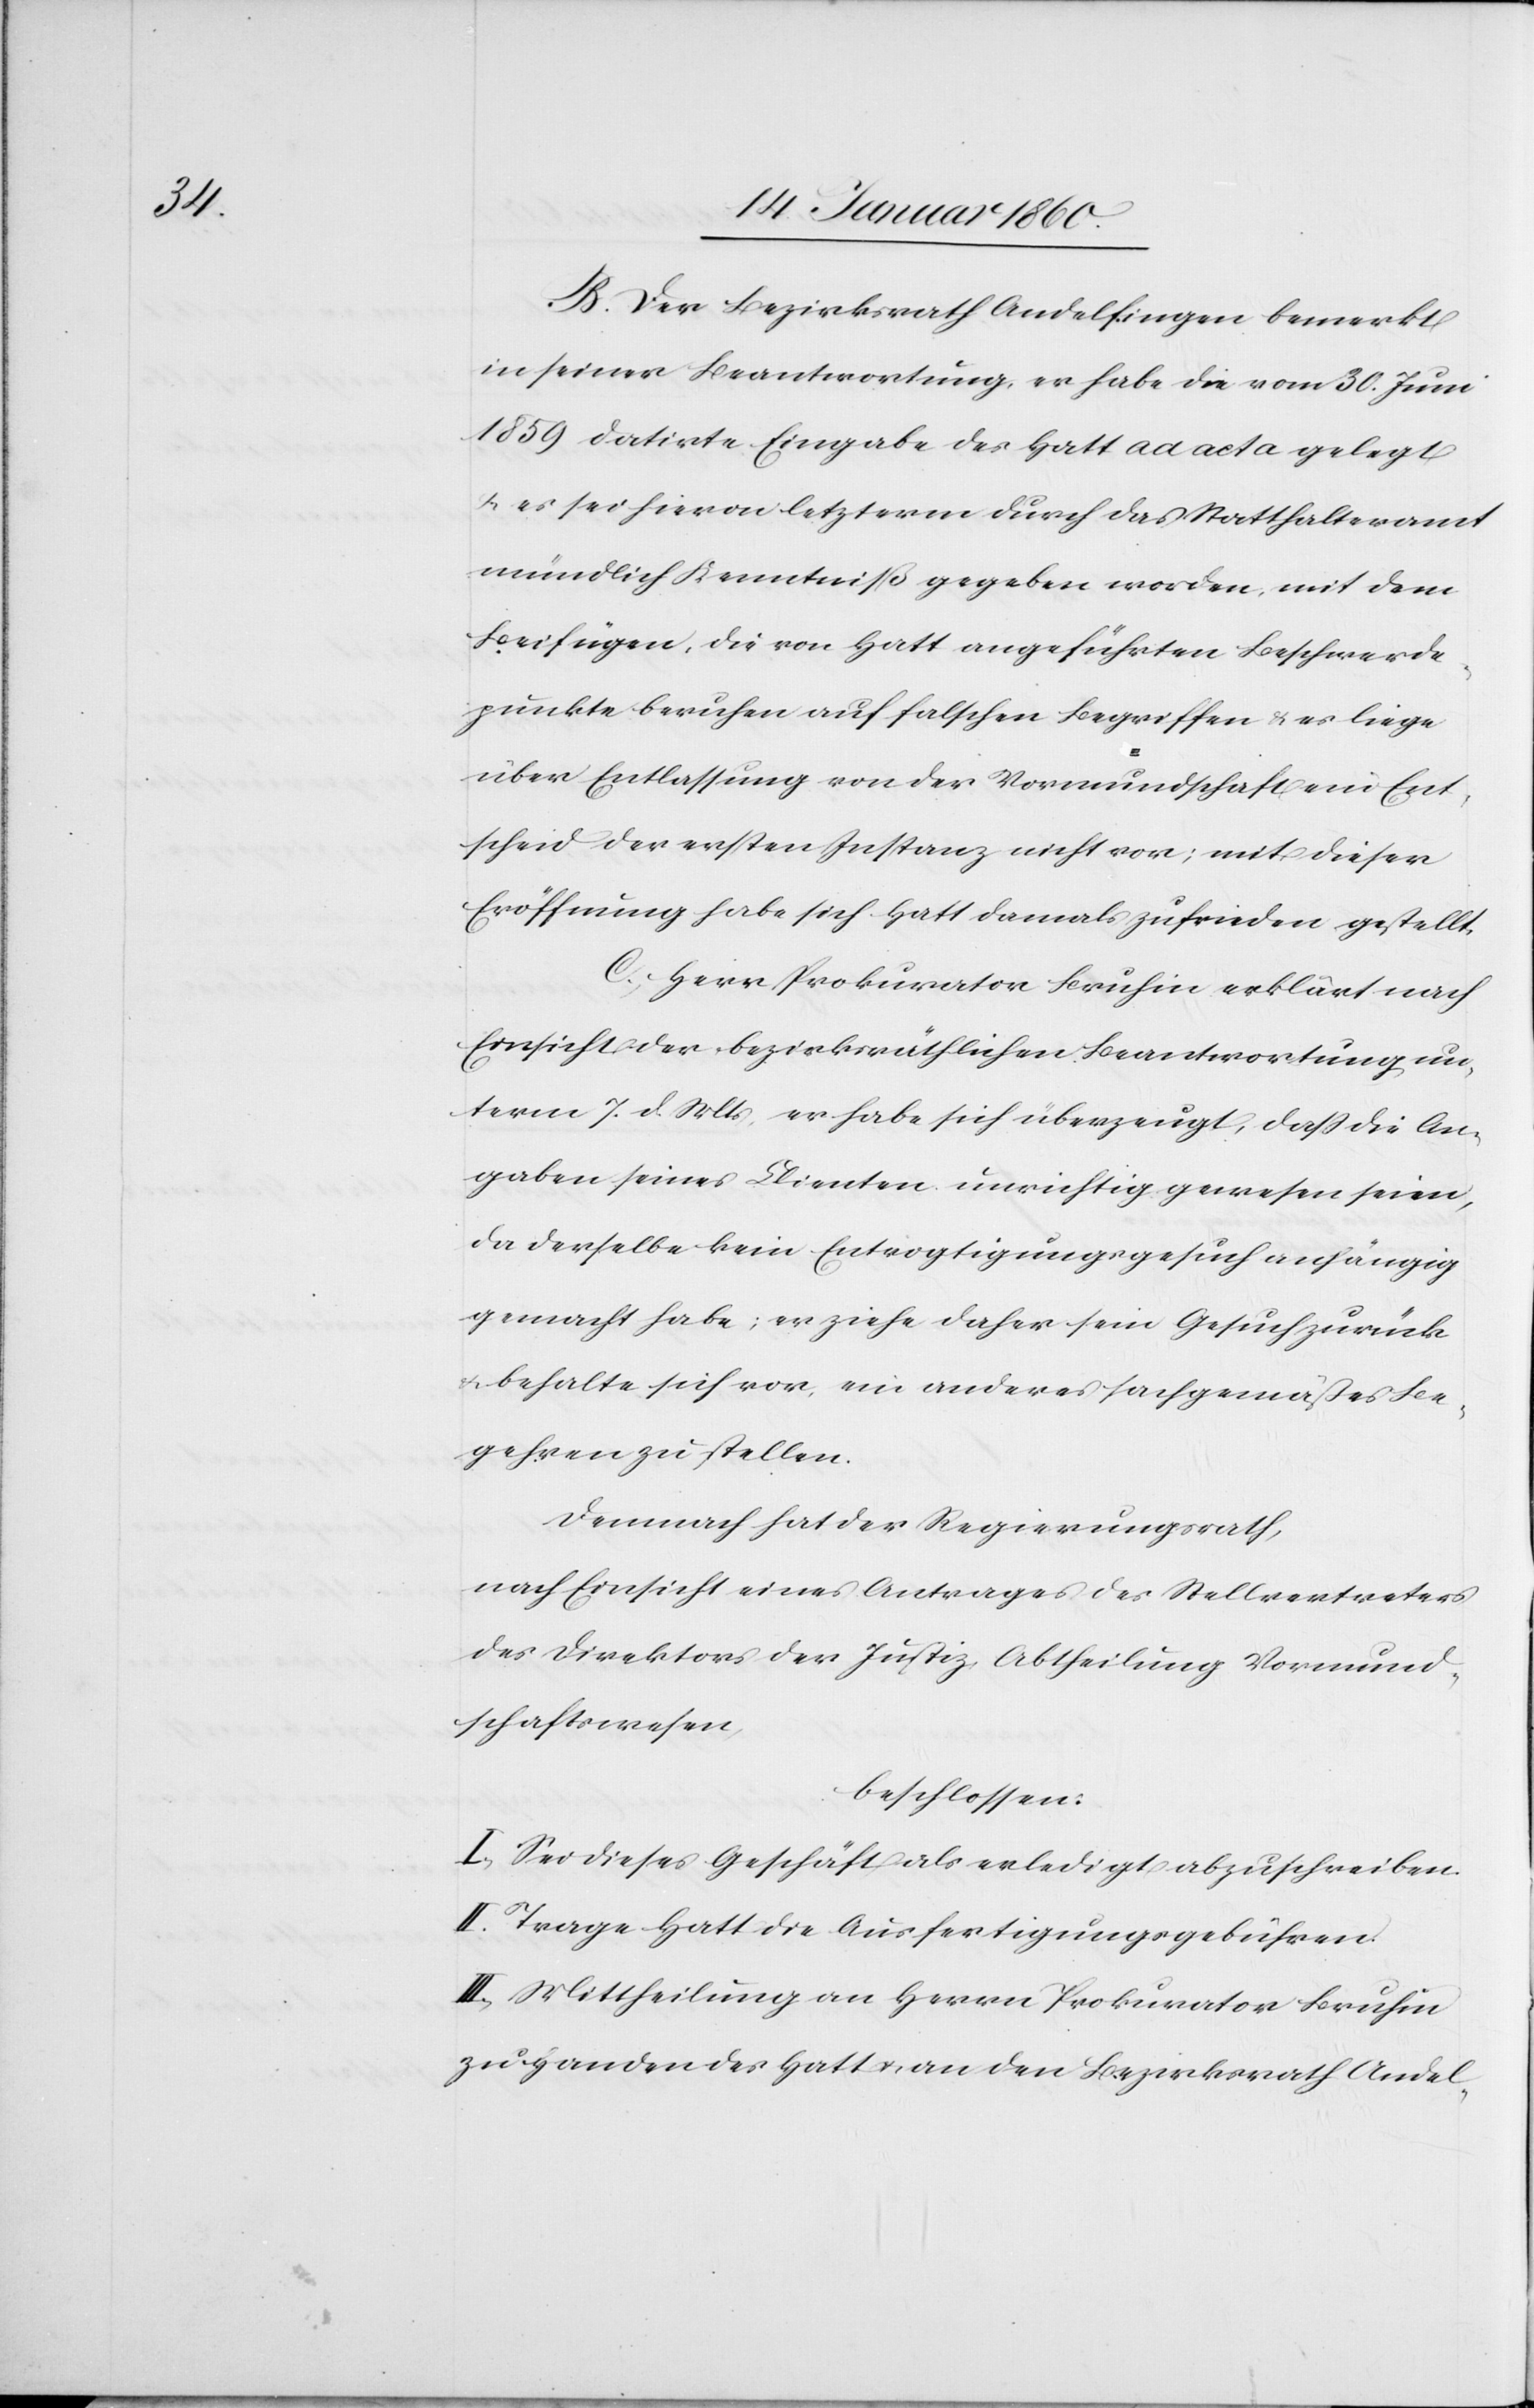
B. Der Bezirksrath Andelfingen bemerkt
in seiner Beantwortung, er habe die vom 30. Juni
1859. datirte Eingabe des Hatt ad acta gelegt
u. es sei hiervon letzterm durch das Statthalteramt
mündlich Kenntniß gegeben worden, mit dem
Beifügen, die von Hatt angeführten Beschwerde¬
punkte beruhen auf falschen Begriffen u. es liege
über Entlassung von der Vormundschaft ein Ent¬
scheid der ersten Instanz nicht vor; mit dieser
Eröffnung habe sich Hatt damals zufrieden gestellt.
C. Herr Prokurator Bruhin erklärt nach
Einsicht der bezirksräthlichen Beantwortung, un¬
term 7. d. Mts, er habe sich überzeugt, daß die An¬
gaben seines Klienten unrichtig gewesen seien,
da derselbe kein Entvogtigungsgesuch anhängig
gemacht habe; er ziehe daher sein Gesuch zurück
u. behalte sich vor, ein anderes sachgemäßes Be¬
gehren zu stellen.
Demnach hat der Regierungsrath,
nach Einsicht eines Antrages des Stellvertreters
des Direktors der Justiz, Abtheilung Vormund¬
schaftswesen
beschlossen:
I. Sei dieses Geschäft als erledigt abzuschreiben.
II. Trage Hatt die Ausfertigungsgebühren.
III. Mittheilung an Herrn Prokurator Bruhin
zu Handen des Hatt, an den Bezirksrath Andel-